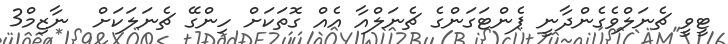
ޓީވީ ޗެނަލްވެގެންދާނީ ޕެންޓަގަންގެ ޗެނަލްއާ އެއް ގޮތަކަށް ހިންގޭ ޗެނަލަކަށް  ނާޒިމް3